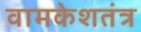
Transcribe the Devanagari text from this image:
वामकेशतंत्र